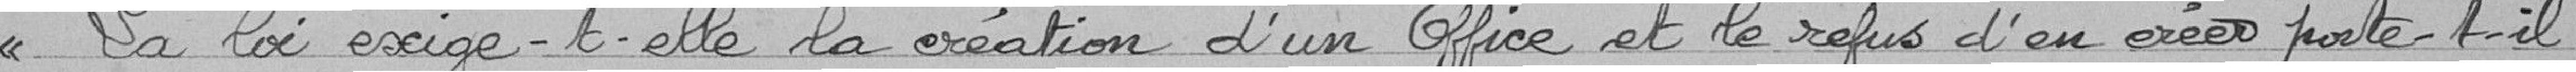
La loi exige t-elle la création d'un Office et le refus d'en créer porte t-il